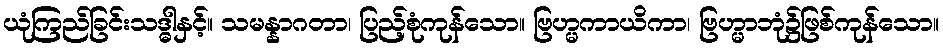
ယုံကြည်ခြင်းသဒ္ဓါနှင့်။ သမန္နာဂတာ၊ ပြည့်စုံကုန်သော။ ဗြဟ္မကာယိကာ၊ ဗြဟ္မာဘုံ၌ဖြစ်ကုန်သော။